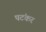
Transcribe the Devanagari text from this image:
पटंकर